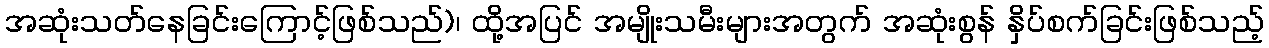
အဆုံးသတ်နေခြင်းကြောင့်ဖြစ်သည်)၊ ထို့အပြင် အမျိုးသမီးများအတွက် အဆုံးစွန် နှိပ်စက်ခြင်းဖြစ်သည့်